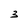
Character: 3